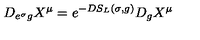
D _ { e ^ { \sigma } g } X ^ { \mu } = e ^ { - D S _ { L } ( \sigma , g ) } D _ { g } X ^ { \mu }